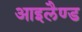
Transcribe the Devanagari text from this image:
आइलैण्‍ड